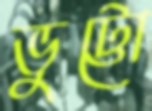
ভুট্টো